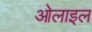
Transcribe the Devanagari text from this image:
ओलाइल